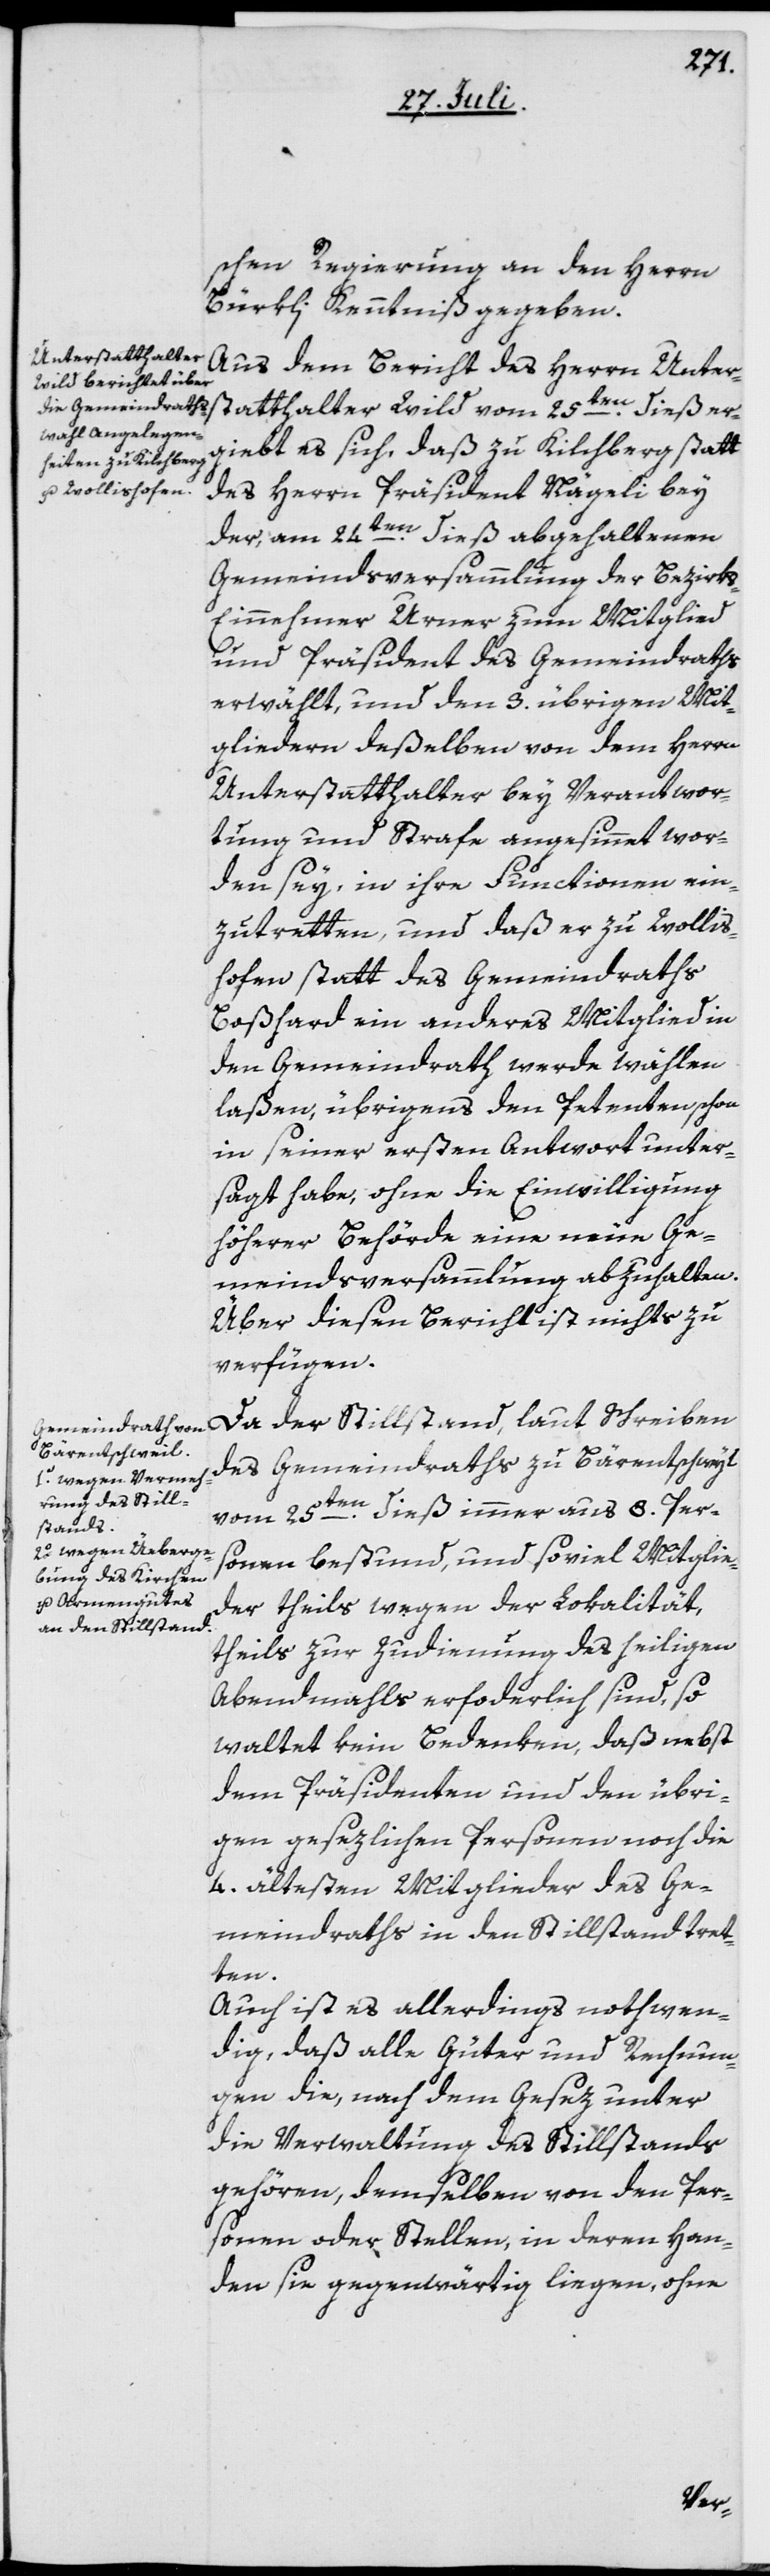
25ten
schen Regierung an den Herrn
Bürkli Kenntniß gegeben.
Aus dem Bericht des Herrn Unters¬
ergiebt es sich, daß zu Kilchberg statt
des Herrn Präsident Nägeli bey
der, am 24ten dieß abgehaltenen
Gemeindsversammlung der Bezirk¬
s-Einnehmer Urner zum Mitglied
und Präsident des Gemeindraths
erwählt, und den 3. übrigen Mit¬
gliedern deßelben von dem Herrn
Unterstatthalter bey Verantwor¬
tung und Strafe angesinnet wor¬
den sey, in ihre Functionen ein¬
zutretten, und daß er zu Wollis¬
hofen statt des Gemeindraths
Boßhard ein anderes Mitglied in
den Gemeindrath werde wählen
laßen, übrigens den Petenten schon
in seiner ersten Antwort unter¬
sagt habe, ohne die Einwilligung
höherer Behörde eine neue Ge¬
meindsversammlung abzuhalten.
Über diesen Bericht ist nichts zu
verfügen.
Da der Stillstand, laut Schreiben
des Gemeindraths zu Bärentschwyl
vom 25ten dieß immer aus 8. Per¬
sonen bestund, und soviel Mitglie¬
der theils wegen der Lokalität,
theils zur Zudienung des heiligen
Abendmahls erfoderlich [sic!] sind,
waltet kein Bedenken, daß nebst
dem Präsidenten und den übri¬
gen gesezlichen Personen noch die
4. ältesten Mitglieder des Ge¬
meindraths in den Stillstand tret¬
ten.
Auch ist es allerdings nothwen¬
dig, daß alle Güter und Rechnun¬
gen, die nach dem Gesez unter
die Verwaltung des Stillstands
gehören, demselben von den Per¬
sonen oder Stellen, in deren Han¬
den sie gegenwärtig liegen, ohne